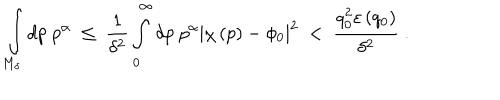
LaTeX: \int _ { M _ { \delta } } d p \; p ^ { \alpha } \ \leq \ \frac { 1 } { \delta ^ { 2 } } \int _ { 0 } ^ { \infty } d p \; p ^ { \alpha } \left| \chi \left( p \right) - \phi _ { 0 } \right| ^ { 2 } \ < \ \frac { q _ { 0 } ^ { 2 } \varepsilon \left( q _ { 0 } \right) } { \delta ^ { 2 } } \ .